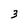
Character: 3